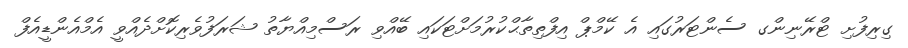
ގިރިފުށި ޓްރޭނިންގ ސެންޓަރުގައި އެ ކޭމްޕް އިފްތިތާޙްކުރުމަށްޓަކައި ބޭއްވި ރަސްމިއްޔާތު ޝަރަފުވެރިކޮށްދެއްވީ އެމްއެންޑީއެފް